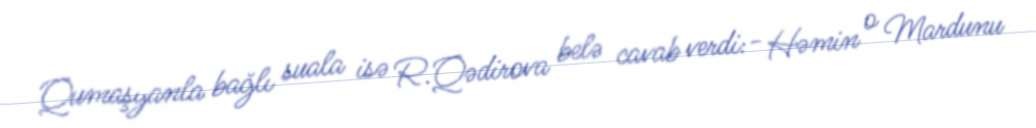
Qumaşyanla bağlı suala isə R.Qədirova belə cavab verdi:- Həmin o Mardunu